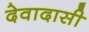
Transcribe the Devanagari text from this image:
देवादासी